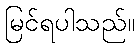
မြင်ရပါသည်။